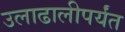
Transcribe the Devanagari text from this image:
उलाढालीपर्यंत